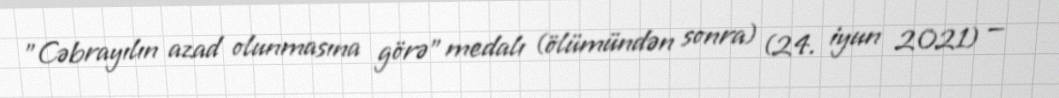
"Cəbrayılın azad olunmasına görə" medalı (ölümündən sonra) (24. iyun 2021) —